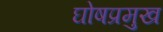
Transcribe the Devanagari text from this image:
घोषप्रमुख